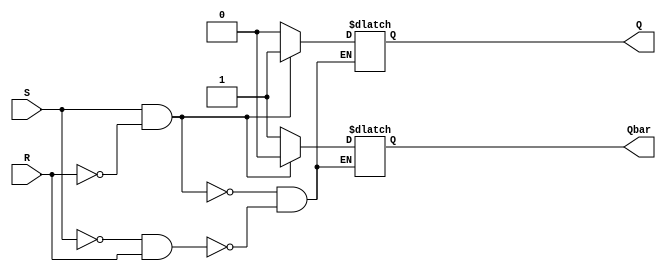
module sr_flipflop(
    input S,
    input R,
    output reg Q,
    output reg Qbar
);

always @ (S, R)
begin
    if (S & !R) // S is high and R is low
    begin
        Q <= 1'b1;
        Qbar <= 1'b0;
    end
    else if (!S & R) // R is high and S is low
    begin
        Q <= 1'b0;
        Qbar <= 1'b1;
    end
    else if (S & R) // both S and R are high
    begin
        // No change in state
    end
end

endmodule